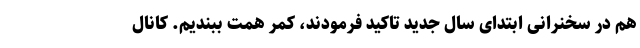
هم در سخنرانی ابتدای سال جدید تاکید فرمودند، کمر همت ببندیم. کانال